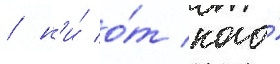
/ н'и́ о́т кого́